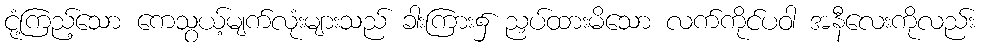
ငုံ့ကြည့်သော ကေသွယ့်မျက်လုံးများသည် ခါးကြား၌ ညှပ်ထားမိသော လက်ကိုင်ပဝါ အနီလေးကိုလည်း